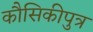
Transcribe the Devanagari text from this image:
कौसिकीपुत्र